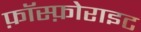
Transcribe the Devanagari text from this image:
फ़ॉस्फ़ोराइट